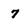
Character: 7